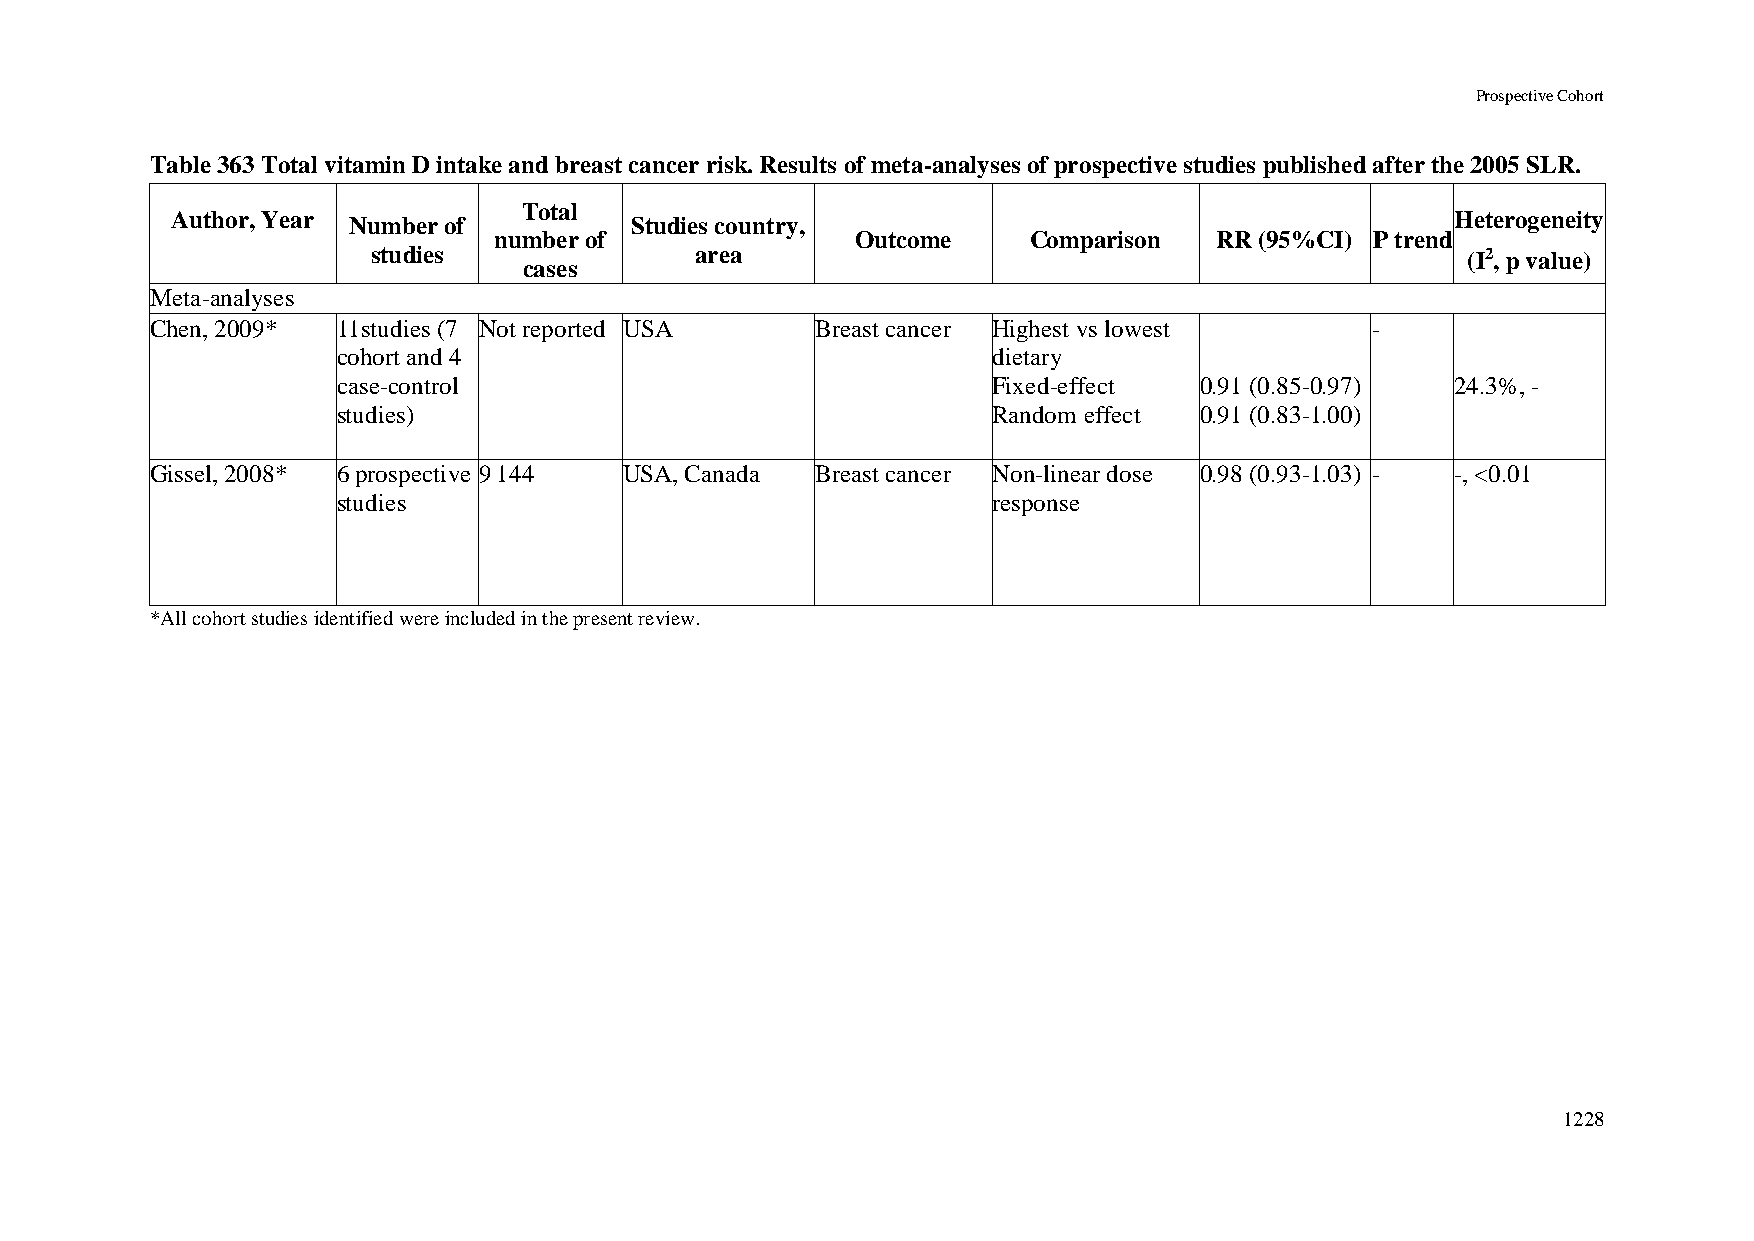
Prospective Cohort
 Table 363 Total vitamin D intake and breast cancer risk. Results of meta-analyses of prospective studies published after the 2005 SLR.
 Total
 Author, Year Number of         Studies country,                                      Heterogeneity
 number of               Outcome    Comparison   RR (95%CI) P trend
 studies              area                                               (I2, p value)
 cases
 Meta-analyses
 Chen, 2009* 11studies (7 Not reported USA   Breast cancer Highest vs lowest      -
 cohort and 4                                dietary
 case-control                                Fixed-effect 0.91 (0.85-0.97) 24.3%, -
 studies)                                    Random effect 0.91 (0.83-1.00)
 Gissel, 2008* 6 prospective 9 144 USA, Canada Breast cancer Non-linear dose 0.98 (0.93-1.03) - -, <0.01
 studies                                     response
 *All cohort studies identified were included in the present review.
 1228